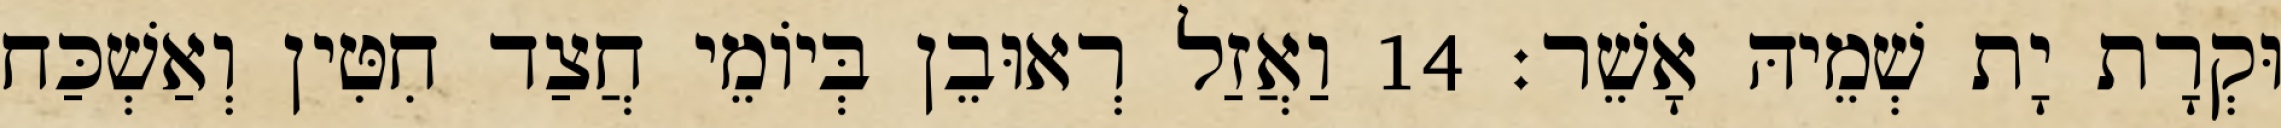
וּקְרָת יָת שְׁמֵיהּ אָשֵׁר׃ 14 וַאֲזַל רְאוּבֵן בְּיוֹמֵי חֲצַד חִטִּין וְאַשְׁכַּח